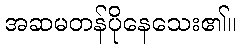
အဆမတန်ပိုနေသေး၏။